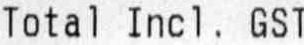
TOTAL INCL. GST